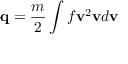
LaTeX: \mathbf { q } = { \frac { m } { 2 } } \int f \mathbf { v } ^ { 2 } \mathbf { v } d \mathbf { v }